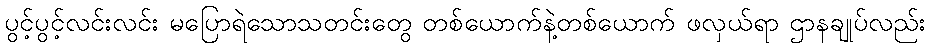
ပွင့်ပွင့်လင်းလင်း မပြောရဲသောသတင်းတွေ တစ်ယောက်နဲ့တစ်ယောက် ဖလှယ်ရာ ဌာနချုပ်လည်း